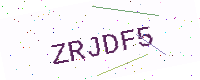
Text: ZRJDF5